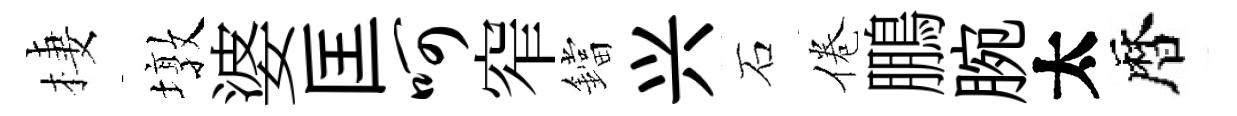
棲墩婆匡呵窄鐺兴石倦鵬腕太暦